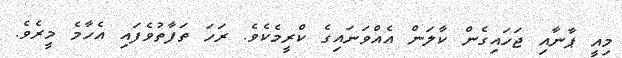
މިއީ ޕާނާއި ޖަހައިގެން ކާލަން އެއްވަނައިގެ ކްރީމެކެވެ. ރަހަ ތަފާތުވެފައި އެހާމެ މީރެވެ.